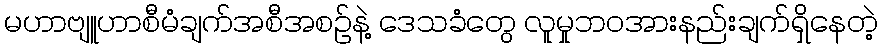
မဟာဗျူဟာစီမံချက်အစီအစဉ်နဲ့ ဒေသခံတွေ လူမှုဘဝအားနည်းချက်ရှိနေတဲ့